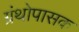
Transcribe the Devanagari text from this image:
ग्रंथोपासक